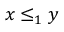
x \leq _ { 1 } y